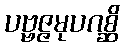
ပဗ္ဗဇ္ဇမုပဂစ္ဆိ